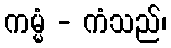
ကမ္မံ - ကံသည်၊